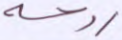
روحه